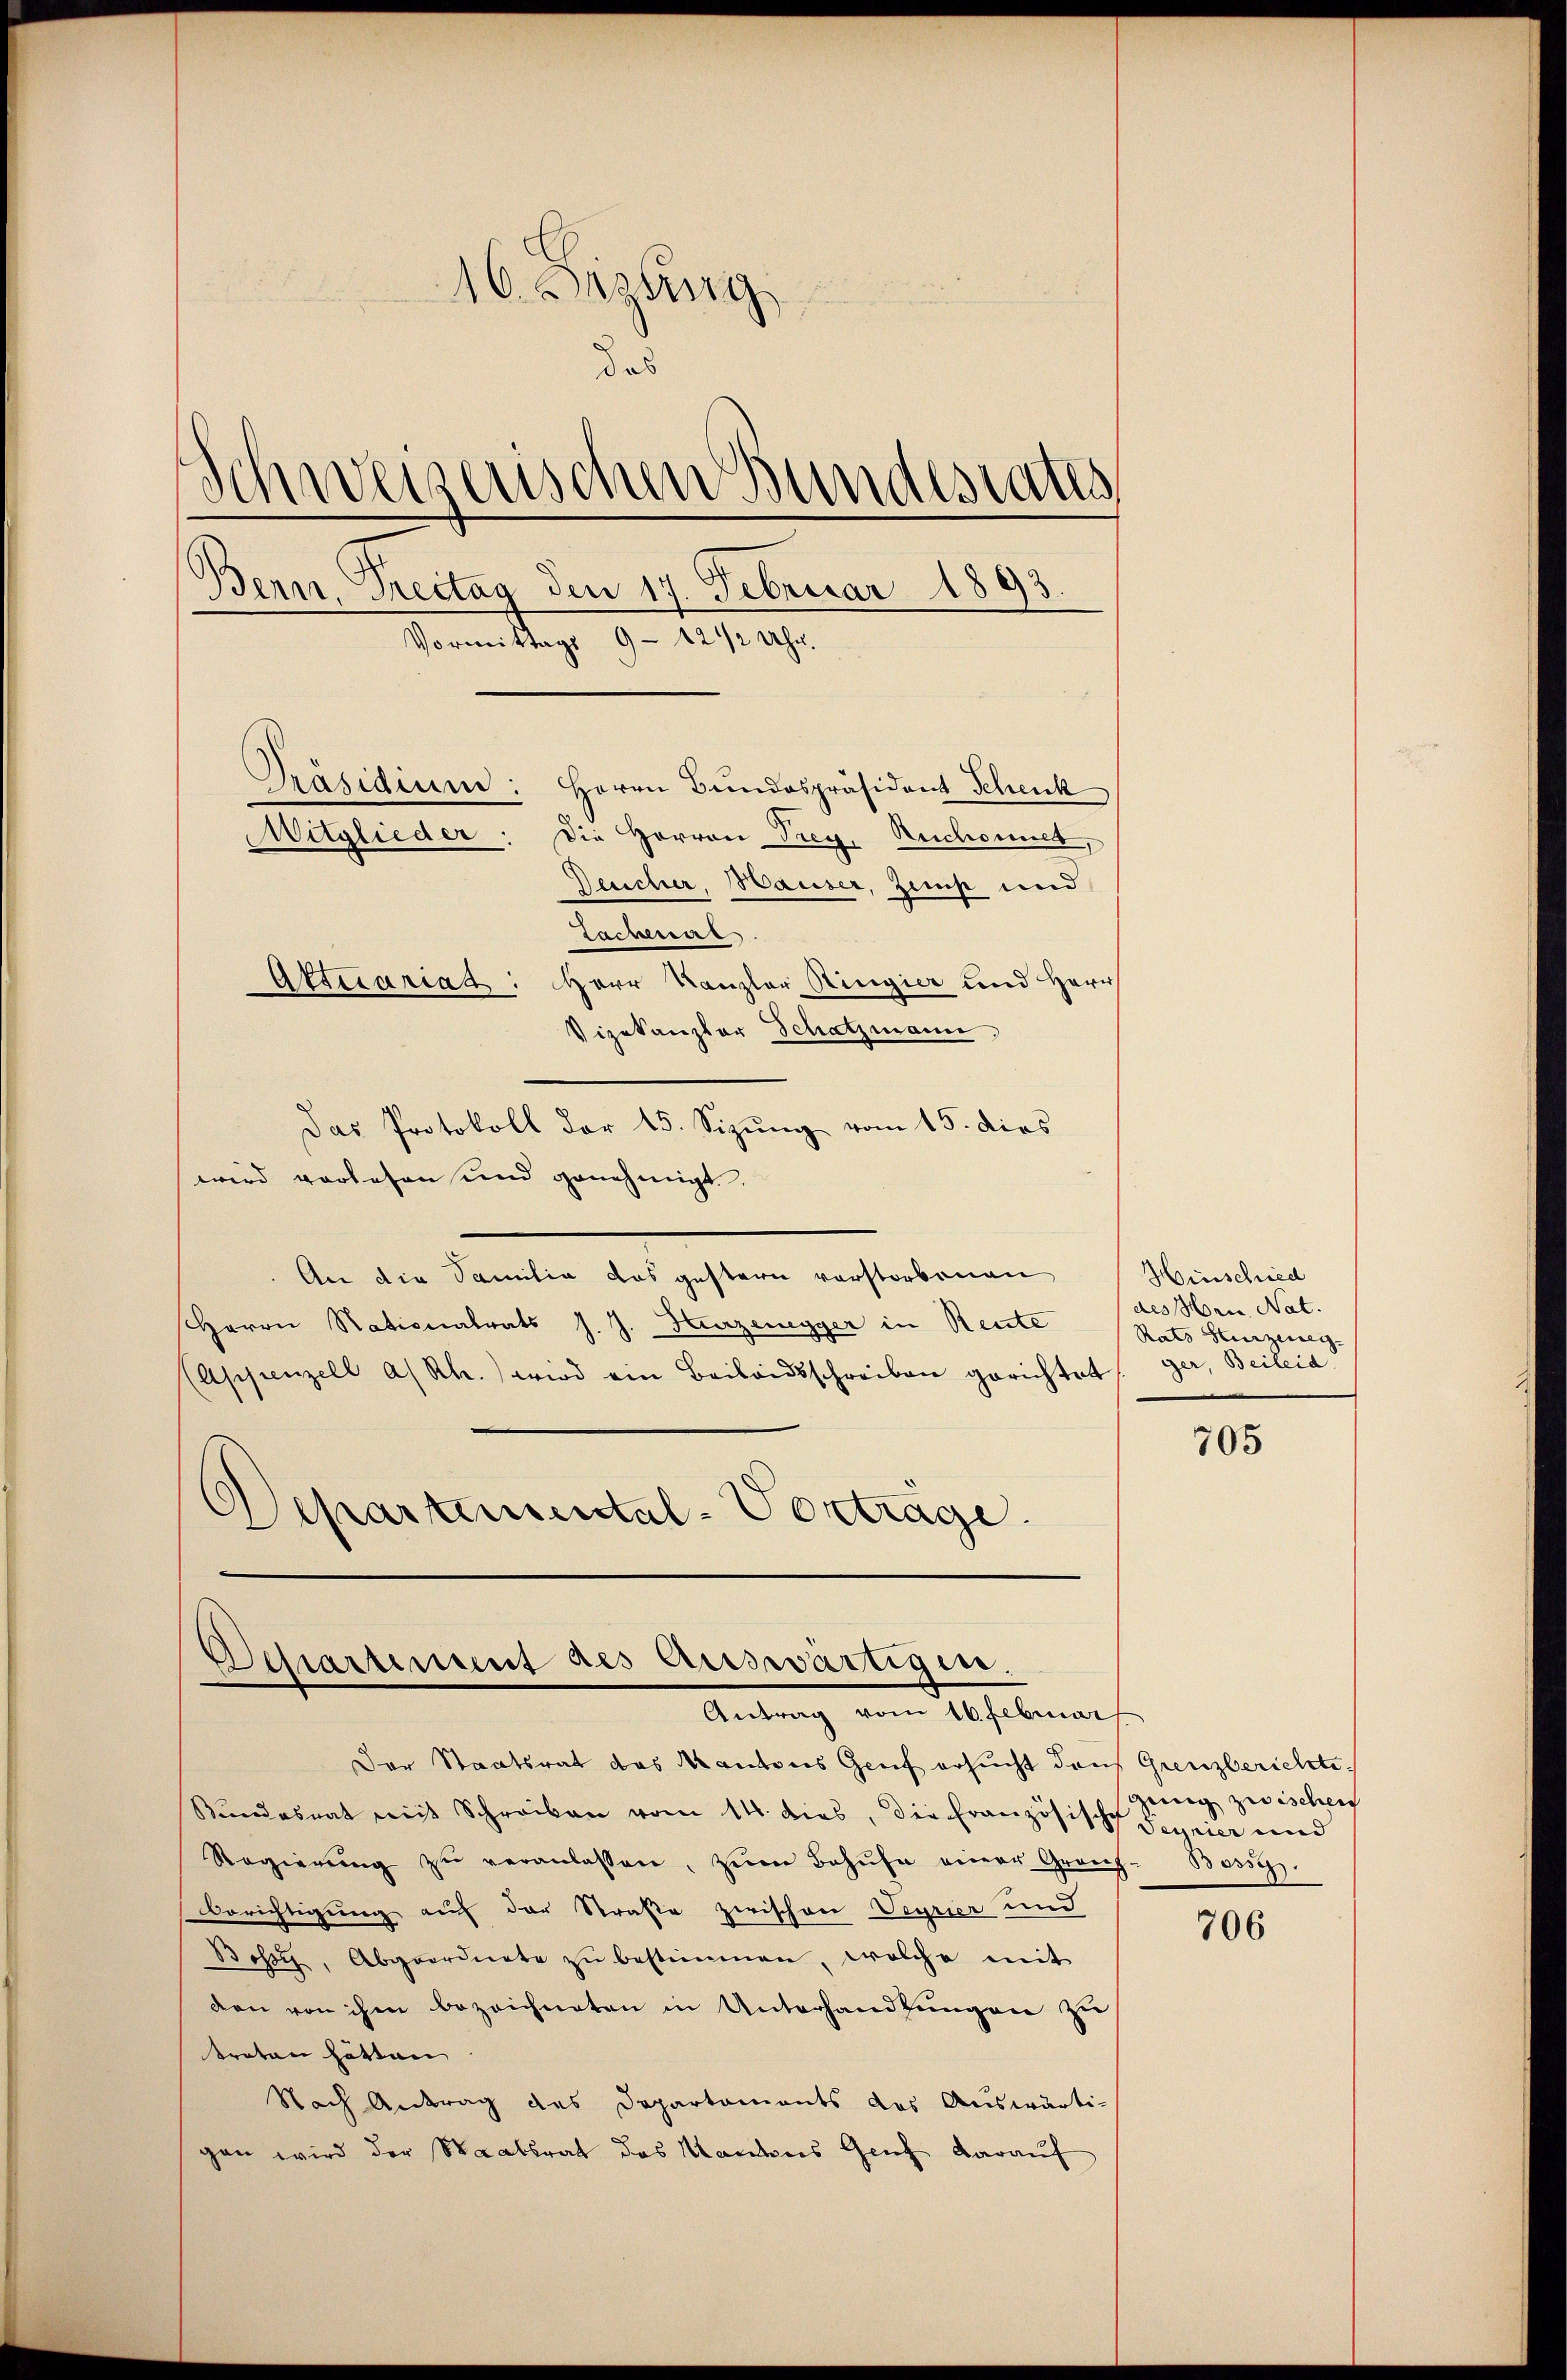
16. Bezug
das
Schweizerischen Bundesrates
Bern, Treitag den 17. Februar 1893.
Vormittags 9 - 12 1/2 Uhr.
Präsidium: Herrn Bundespräsident Schenk
Witglieder: Die Horron Treg. Rechaniel,
Deuscher, Hauser, Zimp und
Lachensar

Aktuariat: Herr Kanzler Ringier und Herr
Vizekanzler Schatzmann
Das Protokoll der 15. Sizŭng vom 15. dies
wird vorlesen und genehmigt.
An die Familia das gestern verstorbenen
HHerrn Nationalrats J. J. Hurzenegger in Rente
(Appenzell a/Rh. wird ein Beilandsschreiben gerichtet
Apartemental-Vortrage.

Departement des Auswärtigen.
Antrag vom 16. Februar

Hinschied
des Hrn. Nat.
Rats Herzeneg
ger, Beileid

Der Staatsrat das Kantons Genf ersucht dans Grenzberichti¬
Bundesrat mit Schreiben vom 14. dies, die Französische Serier und
Regierŭng zŭ veranlassen, zŭm Behŭfe einer Granz-Bosses.
Berichtigung auf der Straße zwischen Veyrier und
Bossi, Abgeordnete zŭ bestimmen, welche mit
den von ihm bezeichneten in Unterhandlungen zu
treten hätten
Nach Antrag des Departements des Auswärti-
gen wird der Staatsrat des Kantons Genf darauf

705

gung zwischen

706